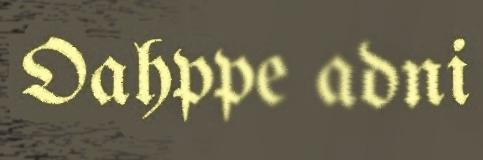
Oahppe adni